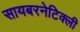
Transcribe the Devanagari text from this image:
सायबरनेटिक्ली